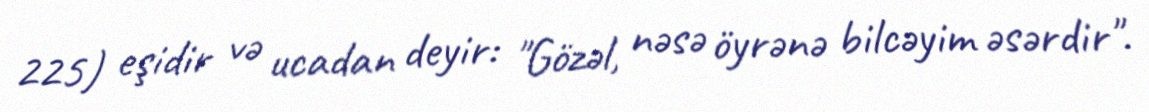
225) eşidir və ucadan deyir: "Gözəl, nəsə öyrənə bilcəyim əsərdir".